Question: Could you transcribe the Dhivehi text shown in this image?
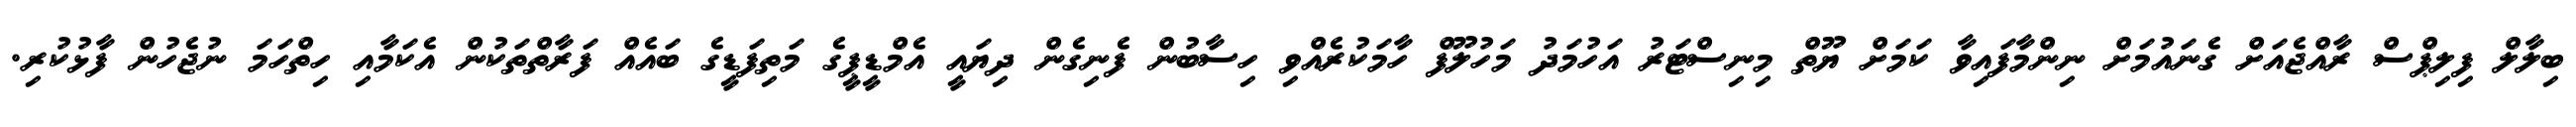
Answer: ބިލާލް ފިލިޕްސް ރާއްޖެއަށް ގެނައުމަށް ނިންމާފައިވާ ކަމަށް ޔޫތް މިނިސްޓަރު އަހުމަދު މަހުލޫފް ހާމަކުރެއްވި ހިސާބުން ފެނިގެން ދިޔައީ އެމްޑީޕީގެ މަތިފަޑީގެ ބައެއް ފަރާތްތަކުން އެކަމާއި ހިތްހަމަ ނުޖެހުން ފާޅުކުރި.